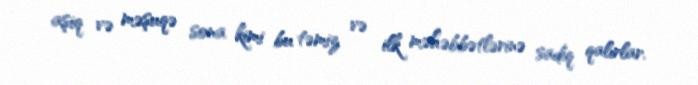
aşiq və məşuqə sona kimi bu təmiz və ilk məhəbbətlərinə sadiq qalırlar.